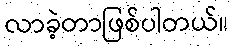
လာခဲ့တာဖြစ်ပါတယ်။